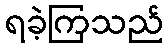
ရခဲ့ကြသည်